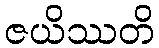
ဇယိဿတိ